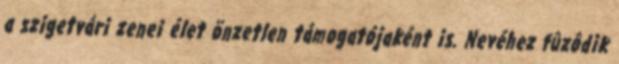
a szigetvári zenei élet önzetlen támogatójaként is. Nevéhez fûzôdik